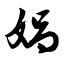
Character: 娲